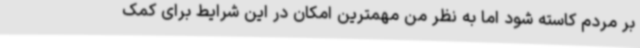
بر مردم کاسته شود اما به نظر من مهمترین امکان در این شرایط برای کمک